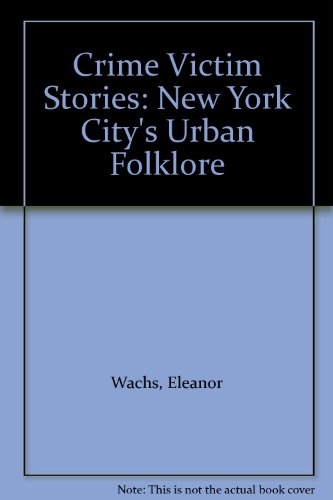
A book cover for Crime Victim Stories: New York City's Urban Folklore; Eleanor Wachs; Humor & Entertainment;